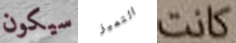
سيكون التميز كانت